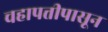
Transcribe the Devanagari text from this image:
चहापत्तीपासून